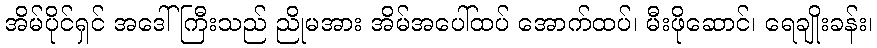
အိမ်ပိုင်ရှင် အဒေါ်ကြီးသည် ညိုမအား အိမ်အပေါ်ထပ် အောက်ထပ်၊ မီးဖိုဆောင်၊ ရေချိုးခန်း၊